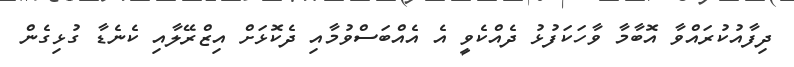
ދިފާއުކުރައްވާ އޮބާމާ ވާހަކަފުޅު ދެއްކެވީ އެ އެއްބަސްވުމާއި ދެކޮޅަށް އިޒްރޭލާއި ކެނެޑާ ގުޅިގެން